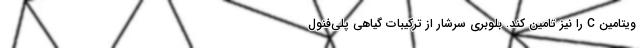
ویتامین C را نیز تامین کند. بلوبری سرشار از ترکیبات گیاهی پلی‌فنول